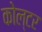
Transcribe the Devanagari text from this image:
कोल्टर